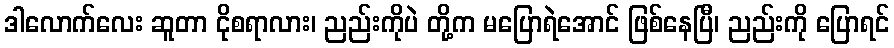
ဒါလောက်လေး ဆူတာ ငိုစရာလား၊ ညည်းကိုပဲ တို့က မပြောရဲအောင် ဖြစ်နေပြီ၊ ညည်းကို ပြောရင်